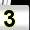
Digit: 3